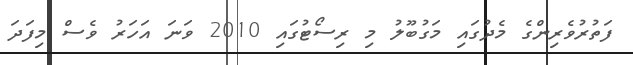
ފަތުރުވެރިންގެ މެދުގައި މަގުބޫލު މި ރިސޯޓުގައި 2010 ވަނަ އަހަރު ވެސް މިފަދަ